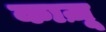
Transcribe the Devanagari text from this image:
काज़ू